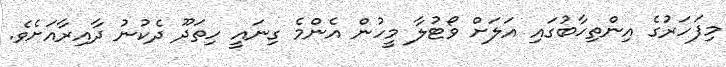
މިފަހަރުގެ އިންތިހާބުގައި އަލަށް ވޯޓުލާ މީހުން އެންމެ ގިނައީ ހިތަދޫ ދެކުނު ދާއިރާއަށެވެ.